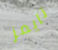
تايمز